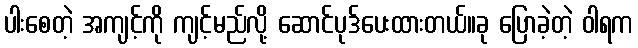
ပါးစေတဲ့ အကျင့်ကို ကျင့်မည်လို့ ဆောင်ပုဒ်ပေးထားတယ်။ခု ပြောခဲ့တဲ့ ဝါရက